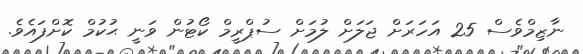
ނާޒިމްވެސް 25 އަހަރަށް ޖަލަށް ލުމަށް ސުޕްރީމް ކޯޓުން ވަނީ ޙުކުމް ކޮށްފައެވެ.